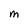
Character: M